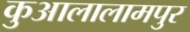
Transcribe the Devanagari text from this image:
कुआलालामपुर